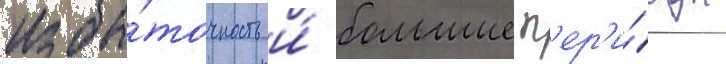
избы́точность и́ большие п'ер'и́оды